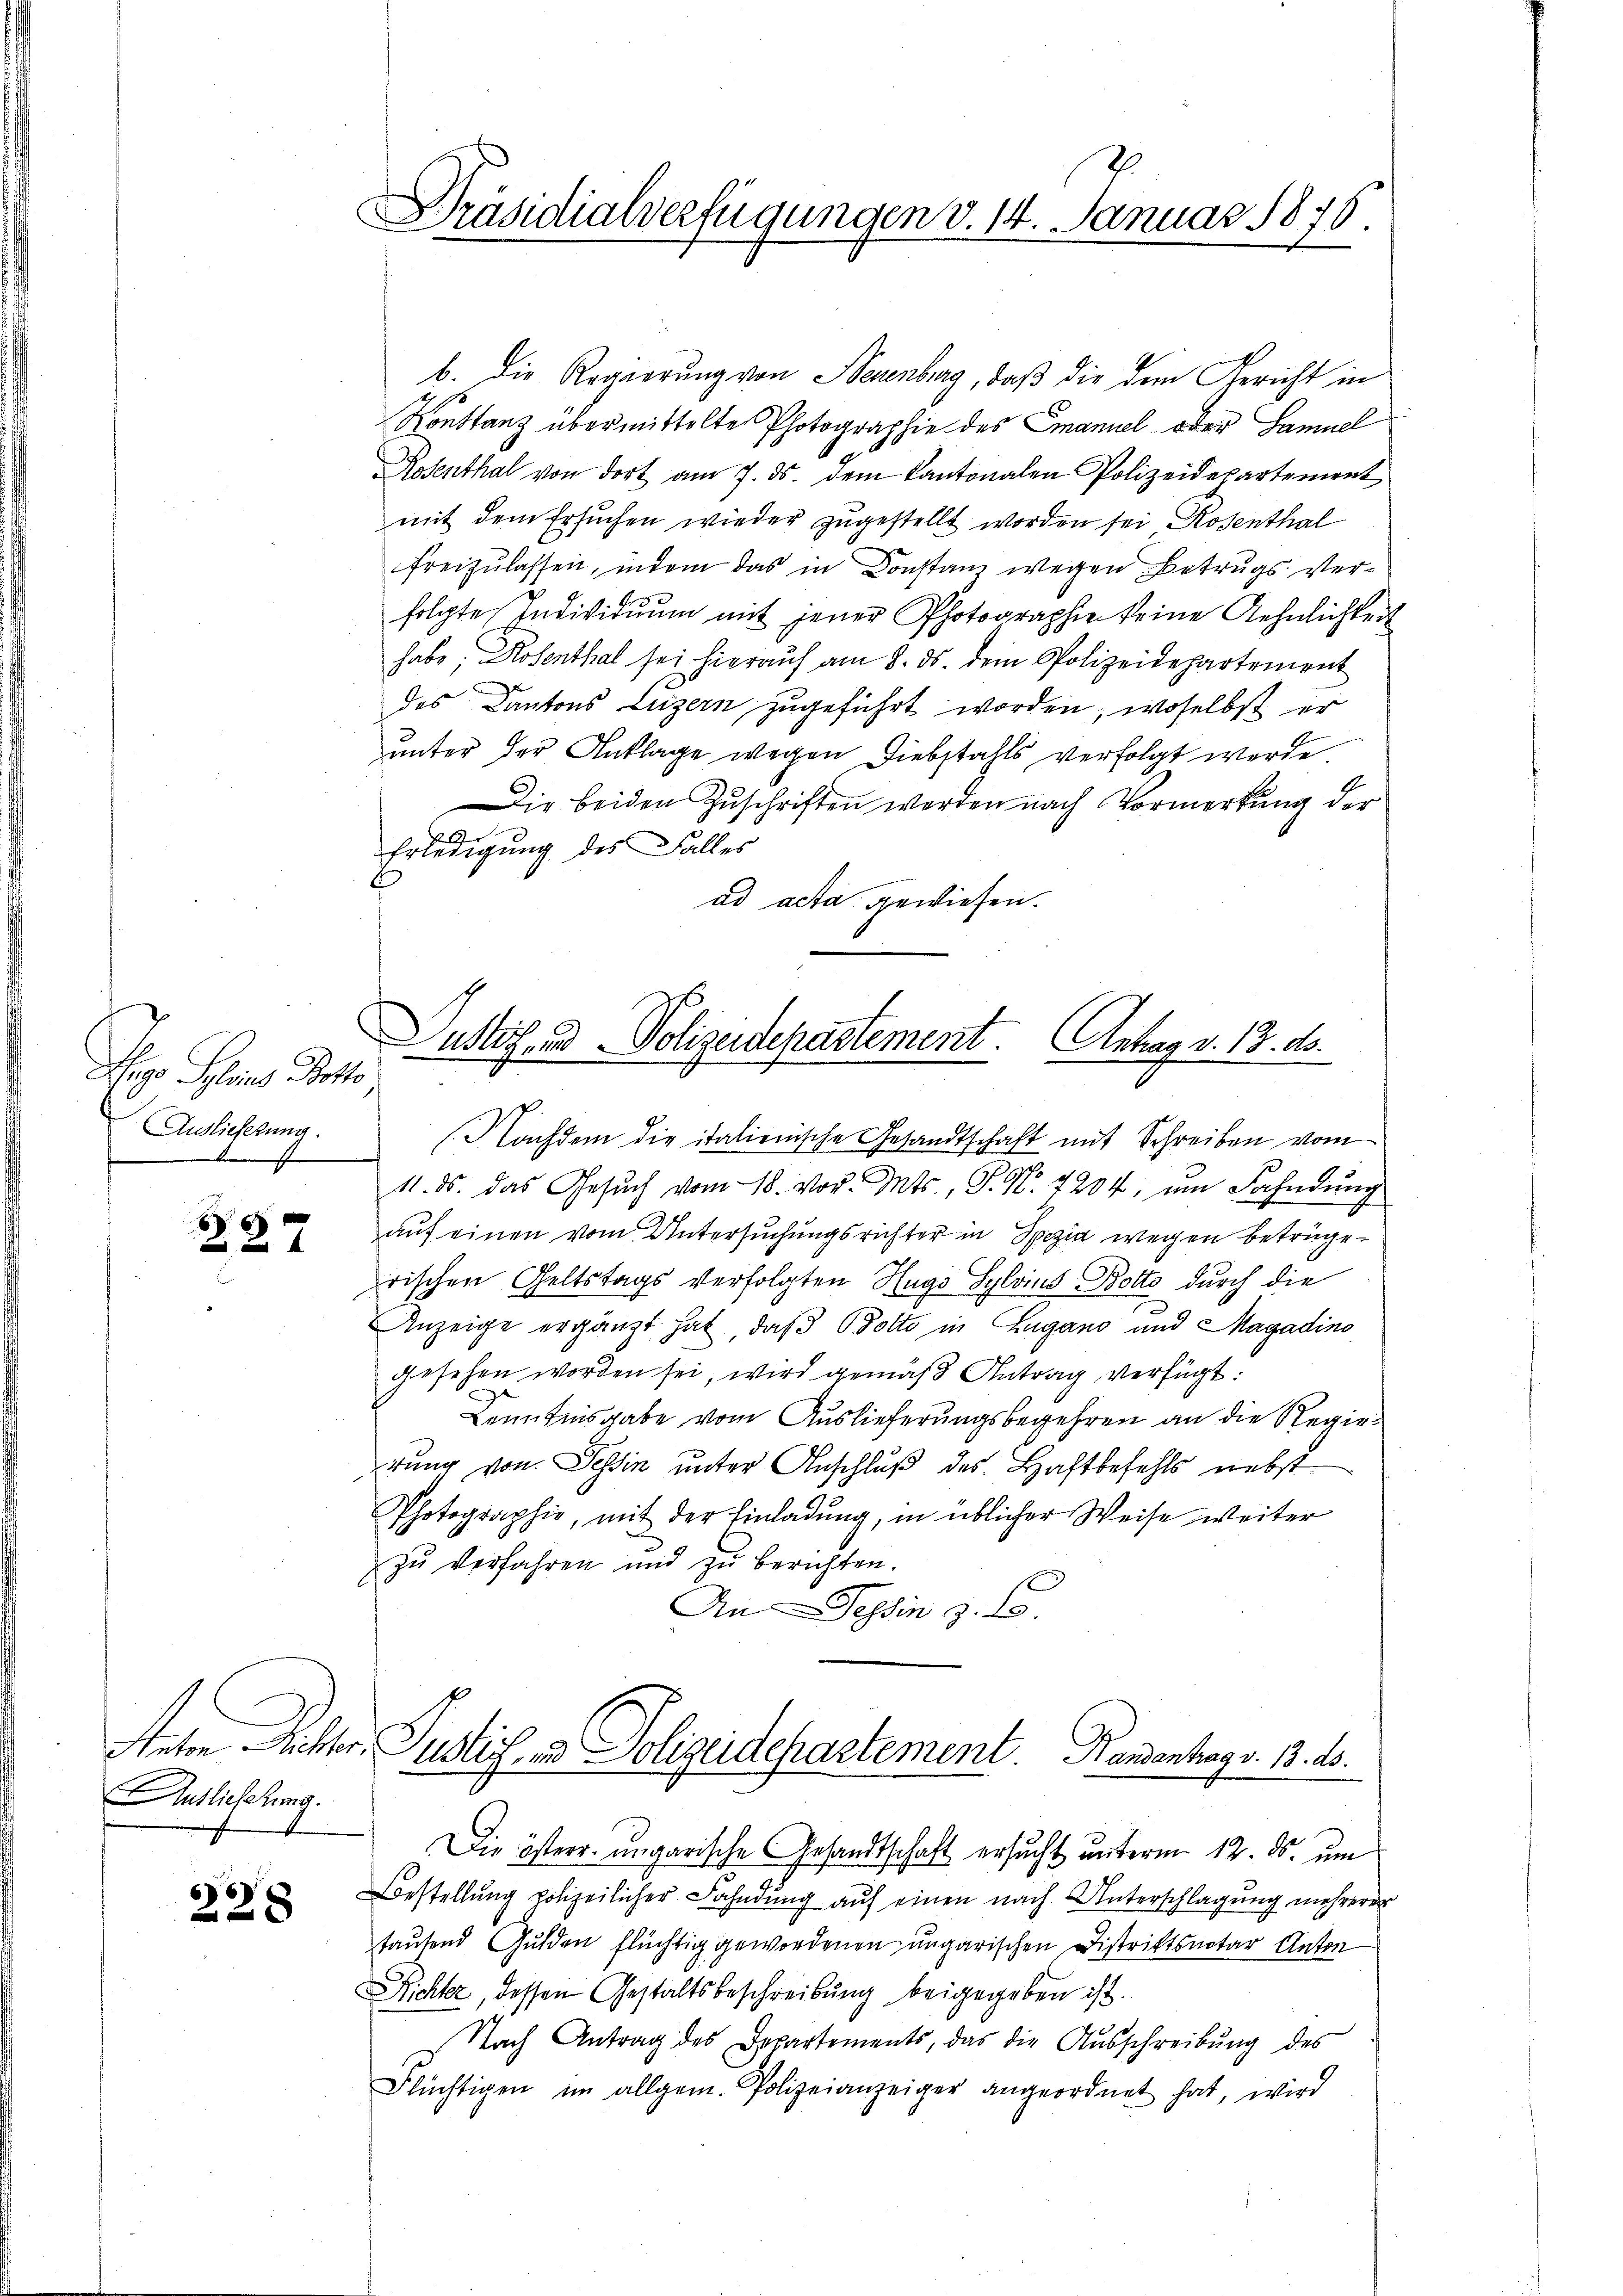
Sepo Selins Potto
Auslieferung.

.

6

Anton Richter
Auslieferung.

67
228

Präsidialverfügungen v. 14. Januar 1876.

b. Die Regierung von Neuenburg, daß die dem Gericht in
Konstanz übermittelte Photographie des Emanuel oder Samuel
Rosenthal von dort am 7. ds. dem Kantonalen Polizeidepartement,
mit dem Ersuchen wieder zugestellt worden sei Rosenthal
freizulassen, indem das in Constanz wegen Betrugs Verfolgte Individuum mit jener Photographie keine Aehnlichten
habe, Hosenthal sei hierauf am 8. ds. dem Polizeidepartement
des Kantons Luzern zugeführt worden, woselbst er
unter der Anklage wegen Diebstahls verfolgt werde
Die beiden Zŭschriften werden nach Vormerkung der
Erledigung des Falles
ad acta gewiesen.

Dustiz und Polizeidepartement. Antrag v. 13. ds.
e
(Nachdem die italienische Gesandtschaft mit Schreiben vom

11. ds. das Gesŭch vom 18. vor. Mts., S. Nr. 7204, um Fahndung
auf einen vom Untersuchungsrichter in Spezia wegen betrügerischen Geltstags verfolgten Hugo Sylvius Botto durch die
Anzeige ergänzt hat, daß Dotto in Zugano und Magadino
gesehen worden sei, wird gemäß Antrag verfügt:
Kenntnisgabe vom Auslieferungsbegehren an die Regierung von Tessin unter Anschluß des Haftbefehls nebst
Photographie, mit der Einladŭng, in üblicher Weise weiter
zu verfahren und zŭ berichten.
An Tessin z. B.
Justiz- & Polizeidepartement. Handenhags. 13. ds.
Die österr. ungarische Gesandtschaft ersucht unterm 12. ds. um
Bestellung polizeilicher Fahndung auf einen nach Unterschlagung mehrerer
tautend Gulden flüchtig gewordenen ungarischen Distriktsnotar Anton
Richter, dessen Gestaltsbeschreibung beigegeben ist.
Nach Antrag des Departements, das die Aŭsschreibŭng des
Flüchtigen im allgem. Polizeianzeiger angeordnet hat, wird